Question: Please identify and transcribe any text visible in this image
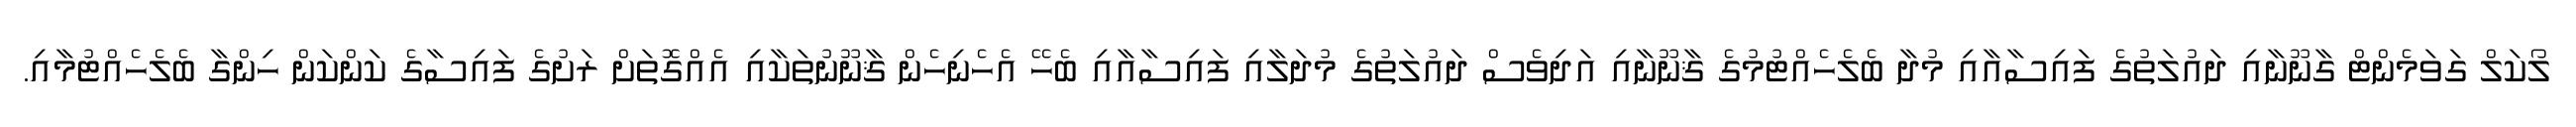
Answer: ލޯކަލް ގަވަމެންޓް ގާނޫނާއި ދައުލަތުގެ ފައިސާއާއި މުދާ ބެލެހެއްޓުމުގެ ޤާނޫނާއި އަދިވެސް ދައުލަތުގެ މުދަލާއި ފައިސާއާއި ބެހޭ އެހެނިހެން ޤާނޫނުތަކާއި އެއްގޮތަށް ރަށުގެ ފައިސާގެ ކަންކަން ހިންގާ ބެލެހެއްޓުމާއި.